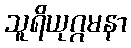
သူရိယုဂ္ဂမနာ